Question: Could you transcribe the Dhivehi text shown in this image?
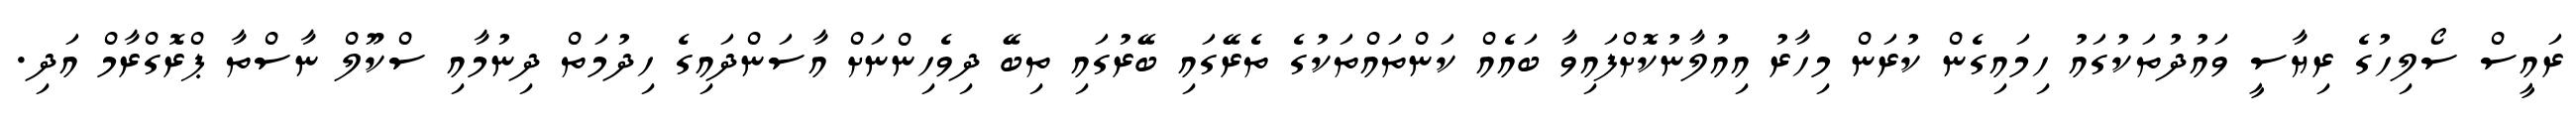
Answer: ރައީސް ސޯލިހުގެ ރިޔާސީ ވައުދުތަކުގައު ހިމައިގެން ކުރަން މިހާރު އިއުލާނުކޮށްފައިވާ ބައެއް ކަންތައްތަކުގެ ތެރޭގައި ބޭރުގައި ތިބޭ ދިވެހިންނަށް އާސަންދައިގެ ހިދުމަތް ދިނުމާއި ސްކޫލް ނާސްތާ ޕްރޮގްރާމް އަދި.